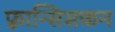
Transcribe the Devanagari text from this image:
फ़्रान्सिसकन